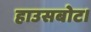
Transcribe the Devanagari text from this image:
हाउसबोट।